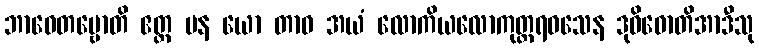
ဘာဝေတဗ္ဗောတိ ဧတ္ထ ပန ယော တာဝ အယံ လောကိယလောကုတ္တရဝသေန ဒုဝိဓောတိအာဒီသု